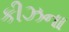
કીઝના